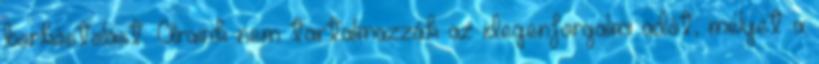
borkóstolást. Áraink nem tartalmazzák az idegenforgalmi adót, melyet a